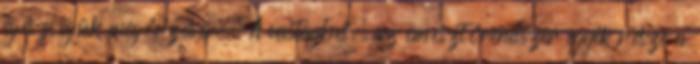
egészségük megőrzésére. A vastagbél, az emésztőrendszer egyik része a